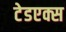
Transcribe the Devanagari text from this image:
टेडएक्स